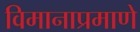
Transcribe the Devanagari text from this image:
विमानाप्रमाणे